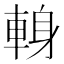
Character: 𨌈